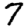
Digit: 7